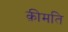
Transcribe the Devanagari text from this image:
क़ीमति